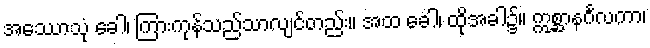
အေဿာသုံ ခေါ၊ ကြားကုန်သည်သာလျင်တည်း။ အထ ခေါ၊ ထိုအခါ၌။ ဣစ္ဆာနင်္ဂလကာ၊